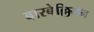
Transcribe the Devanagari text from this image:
बारबेल्लियन